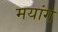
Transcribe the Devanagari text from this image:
मयांग